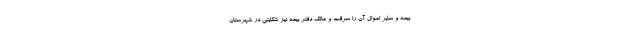
بیمه و سایر اموال آن را سرقت و مالک دفتر بیمه نیز شکایتی در شهرستان